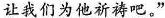
让我们为他祈祷吧。”